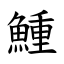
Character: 䱰